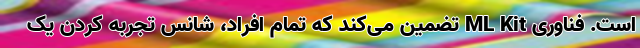
است. فناوری ML Kit تضمین می‌کند که تمام افراد، شانس تجربه کردن یک